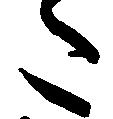
た